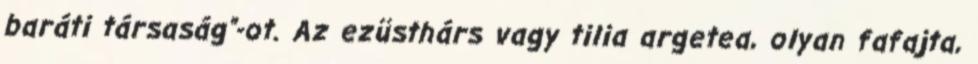
baráti társaság”-ot. Az ezüsthárs vagy tilia argetea, olyan fafajta,